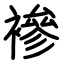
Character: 襂